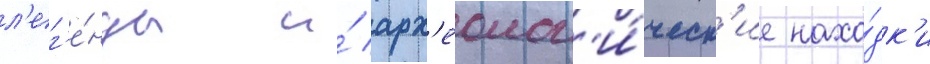
л'ег'е́нды и́ арх'еолог'и́ческ'ие нахо́дк'и